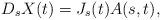
LaTeX: \begin{align*}D_sX(t) = J_s(t) A(s, t), \end{align*}